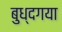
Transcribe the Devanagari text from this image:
बुध्दगया